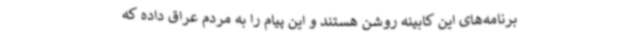
برنامه‌های این کابینه روشن هستند و این پیام را به مردم عراق داده که